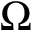
\Omega